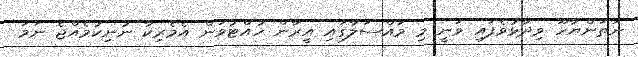
ނަތަންޔާހޫ ވިދާޅުވެފައި ވަނީ މި މައްސަލާގައި އީރާން ހުއްޓުވަން އެމެރިކާ ނުނިކުމެއްޖެ ނަމަ